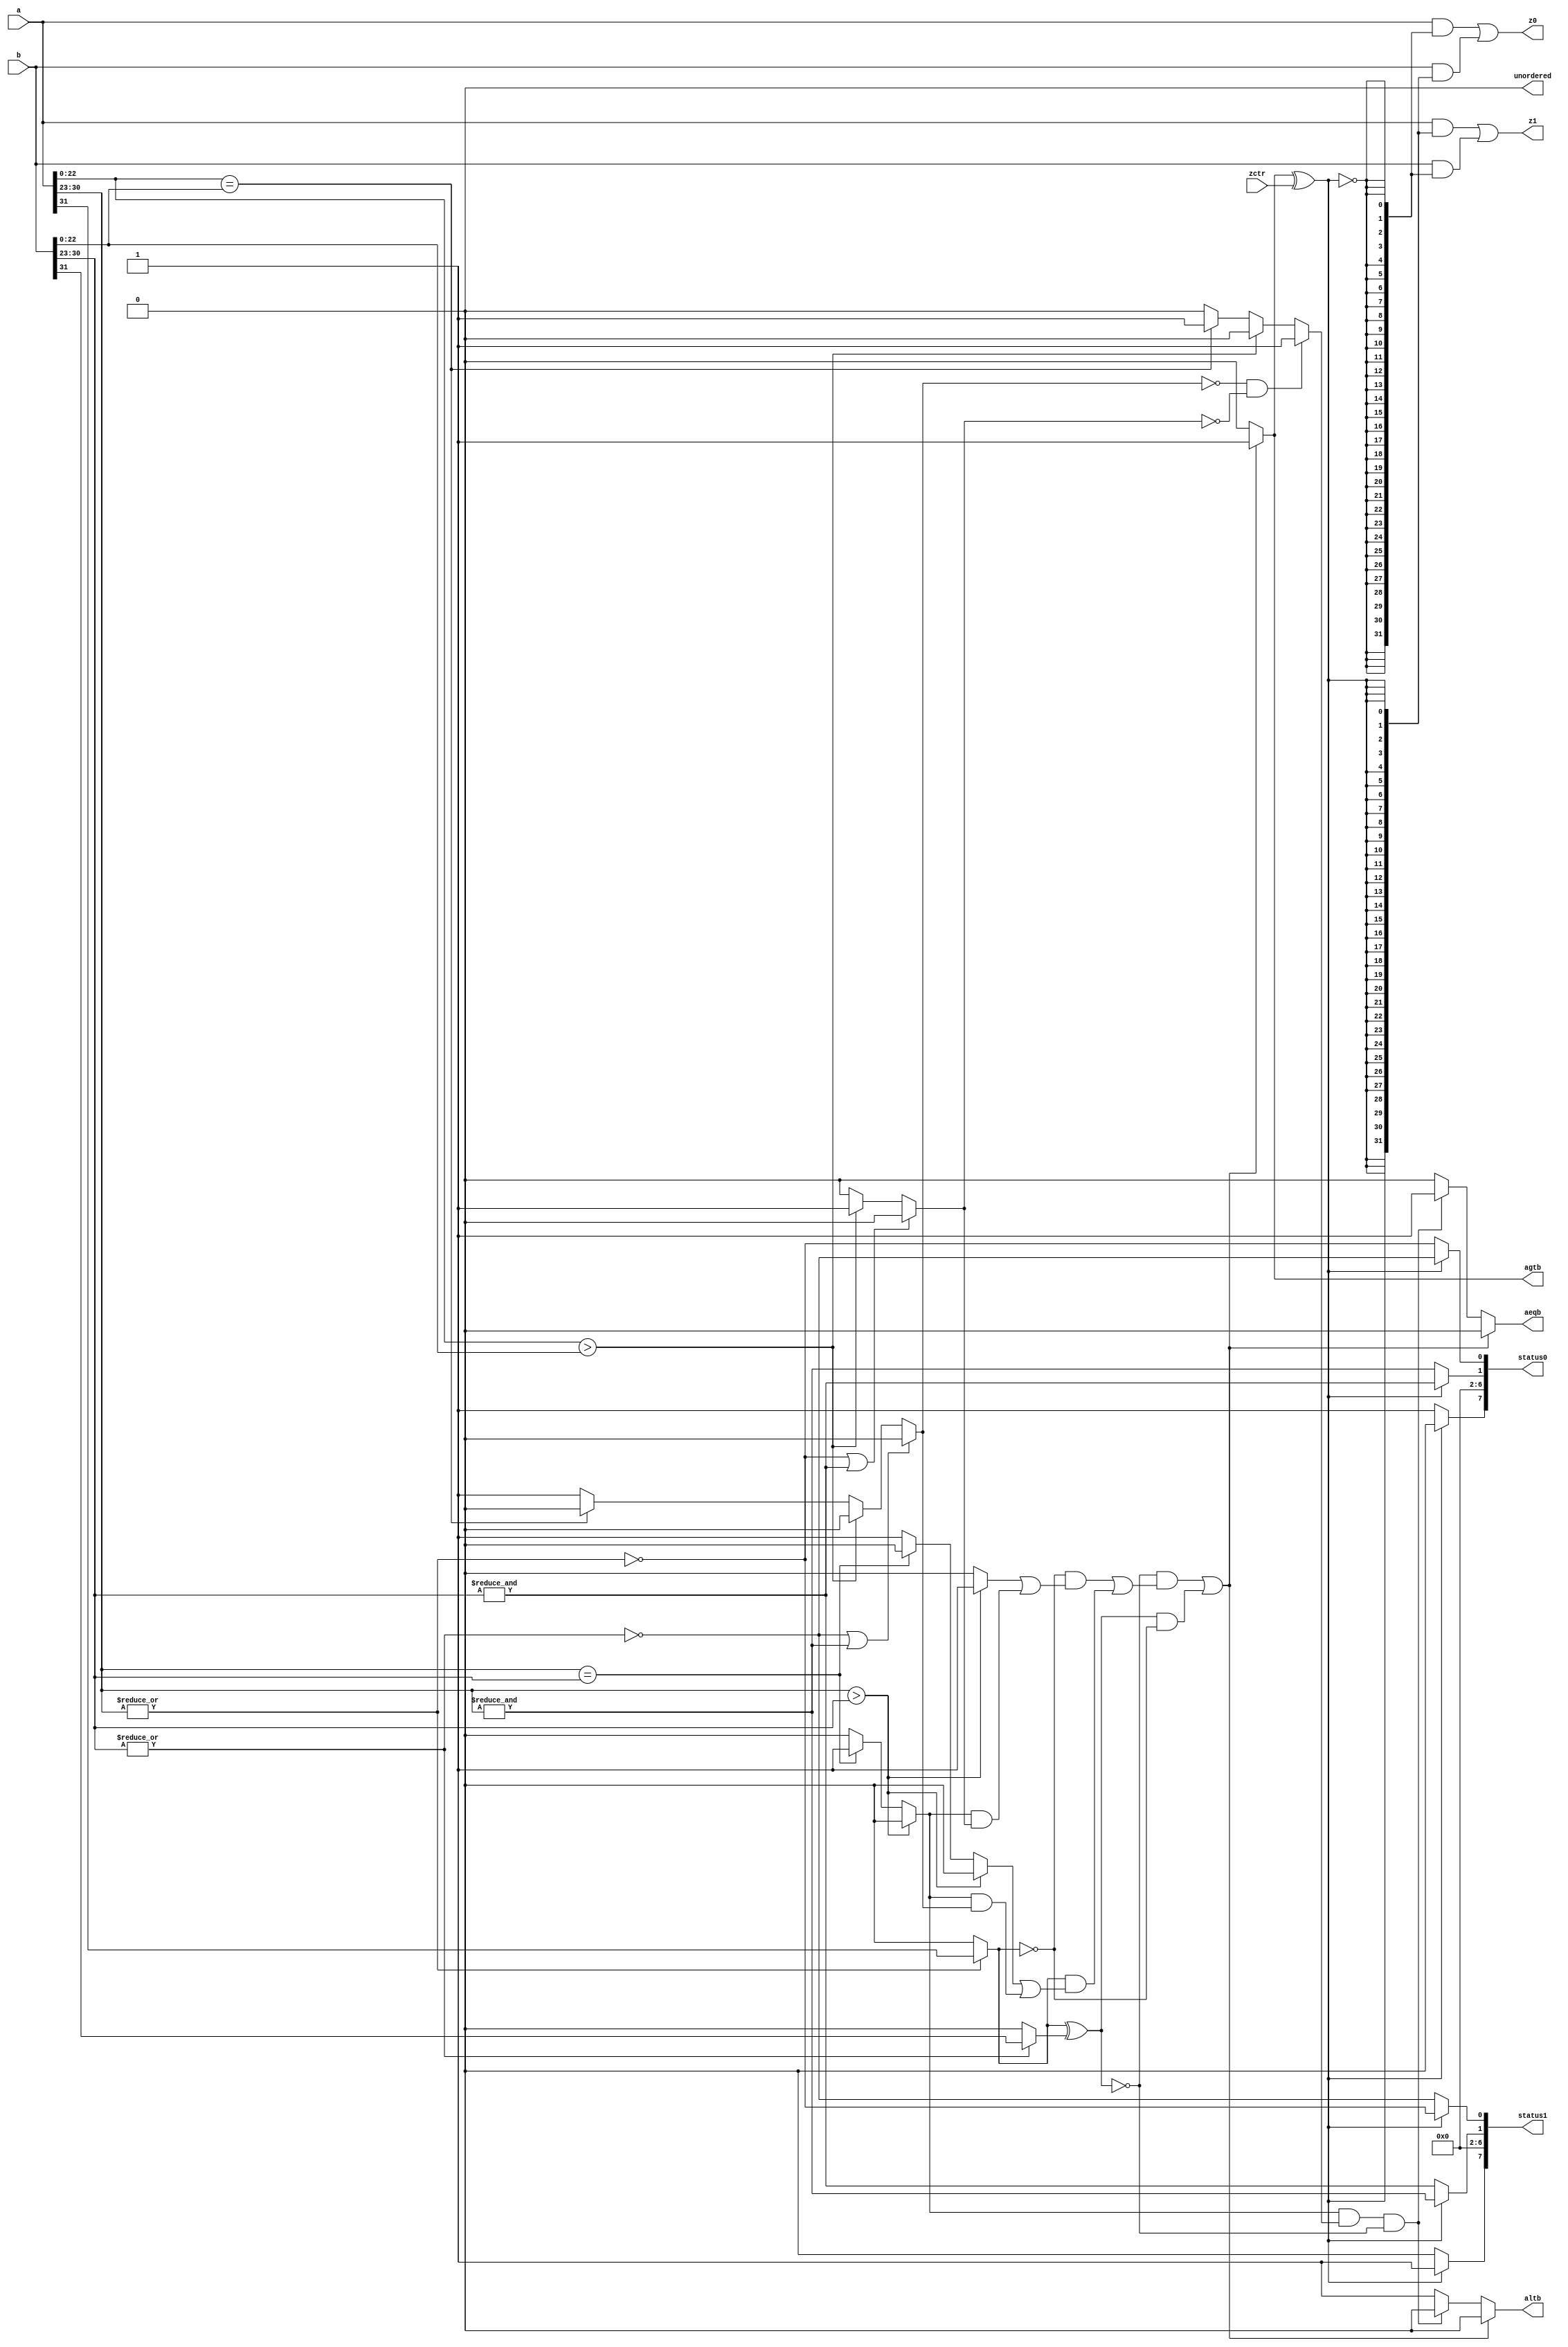

//-------------------------------------------------------------------------------
//
// ABSTRACT: Floating-point Comparator
//           Compares two FP numbers and generates outputs that indicate when 
//           A>B, A<B and A=B. The component also provides outputs for MAX and 
//           MIN values, with corresponding status flags.
//
//              parameters      valid values (defined in the DW manual)
//              ==========      ============
//              sig_width       significand size,  2 to 253 bits
//              exp_width       exponent size,     3 to 31 bits
//              ieee_compliance 0 or 1
//
//              Input ports     Size & Description
//              ===========     ==================
//              a               (sig_width + exp_width + 1)-bits
//                              Floating-point Number Input
//              b               (sig_width + exp_width + 1)-bits
//                              Floating-point Number Input
//              zctr            1 bit
//                              defines the min/max operation of z0 and z1
//
//              Output ports    Size & Description
//              ===========     ==================
//              aeqb            1 bit
//                              has value 1 when a=b
//              altb            1 bit
//                              has value 1 when a<b
//              agtb            1 bit
//                              has value 1 when a>b
//              unordered       1 bit
//                              one of the inputs is NaN
//              z0              (sig_width + exp_width + 1) bits
//                              Floating-point Number that has max(a,b) when
//                              zctr=1, and min(a,b) otherwise
//              z1              (sig_width + exp_width + 1) bits
//                              Floating-point Number that has max(a,b) when
//                              zctr=0, and min(a,b) otherwise
//              status0         byte
//                              info about FP value in z0
//              status1         byte
//                              info about FP value in z1
//
// MODIFIED: 
//    4/18 - the ieee_compliance parameter is also controlling the use of nans
//           When 0, the component behaves as the MC component (no denormals
//           and no nans).
//
//
//-------------------------------------------------------------------------------
//////////////////////////////////////////////////////////////////////////////// 

module DW_fp_cmp (

                   a,
                   b,
                   zctr,
                   aeqb,
                   altb,
                   agtb,
                   unordered,
                   z0,
                   z1,
                   status0,
                   status1

    // Embedded dc_shell script
    // _model_constraint_2
);

parameter sig_width=23;             // RANGE 2 to 253 bits
parameter exp_width=8;              // RANGE 3 to 31 bits
parameter ieee_compliance=0;        // RANGE 0 or 1           


input  [sig_width + exp_width:0] a,b;
input  zctr;
output aeqb, altb, agtb, unordered;
output [sig_width + exp_width:0] z0, z1;
output [7:0] status0, status1;

reg [0:0] diff_signs;
reg [exp_width-1:0] Ea,Eb;
reg [sig_width:0] Ma,Mb;
reg [sig_width-1:0] Fa,Fb;
reg [exp_width+sig_width:0] z0_int,z1_int;
reg [8    -1:0] status0_int,status1_int;
reg agtb_int,aeqb_int,altb_int, unordered_int;
reg Sa, Sb;
reg zer_a, inf_a, nan_a; 
reg zer_b, inf_b, nan_b;
reg zer_exp_a, zer_exp_b;
reg zer_mant_a, zer_mant_b;
reg max_exp_a, max_exp_b;
reg maga_eq_magb, maga_gt_magb, maga_lt_magb;
reg Ea_eq_Eb, Ea_gt_Eb, Ea_lt_Eb;
reg Fa_eq_Fb, Fa_gt_Fb, Fa_lt_Fb;
reg sel;
integer i;
 
always @(a or b)
begin
  unordered_int = 1'b0;
  Ea = a[((exp_width + sig_width) - 1):sig_width];
  Eb = b[((exp_width + sig_width) - 1):sig_width];
 
  zer_exp_a = ~(|Ea);
  zer_exp_b = ~(|Eb);
  max_exp_a = &Ea;
  max_exp_b = &Eb;

  if (ieee_compliance == 0)
    begin
      Fa = a[(sig_width - 1):0];
      Fb = b[(sig_width - 1):0];
      zer_a = zer_exp_a;
      Sa = (zer_exp_a == 1)?1'b0:a[(exp_width + sig_width)];
      zer_b = zer_exp_b;
      Sb = (zer_exp_b == 1)?1'b0:b[(exp_width + sig_width)];
      inf_a = (max_exp_a == 1'b1);
      inf_b = (max_exp_b == 1'b1);
      nan_a = 1'b0;
      nan_b = 1'b0;
    end
  else
    begin
      Fa = a[(sig_width - 1):0];
      Fb = b[(sig_width - 1):0];
      zer_mant_a = ~(|Fa);
      zer_mant_b = ~(|Fb);
      zer_a = (zer_exp_a == 1'b1 && zer_mant_a == 1'b1);
      Sa = (zer_a == 1'b1)?1'b0:a[(exp_width + sig_width)];
      zer_b = (zer_exp_b == 1'b1 && zer_mant_b == 1'b1);
      Sb = (zer_b == 1'b1)?1'b0:b[(exp_width + sig_width)];
      nan_a = (max_exp_a == 1'b1 && zer_mant_a == 1'b0);
      nan_b = (max_exp_b == 1'b1 && zer_mant_b == 1'b0);
      inf_a = (max_exp_a == 1'b1 && zer_mant_a == 1'b1);
      inf_b = (max_exp_b == 1'b1 && zer_mant_b == 1'b1);
    end

  diff_signs = Sa ^ Sb;

  unordered_int = 1'b0;
  if (ieee_compliance)
    if (nan_a == 1'b1 || nan_b == 1'b1)
      begin
        unordered_int = 1'b1;
      end

end

always @ (Ea or Eb or Fa or Fb or unordered_int or diff_signs or Sa or inf_a or inf_b or zer_a or zer_b) 
begin
  agtb_int = 1'b0;
  aeqb_int = 1'b0;
  altb_int = 1'b0;

  maga_eq_magb = 1'b0;
  maga_gt_magb = 1'b0;
  maga_lt_magb = 1'b0;
  Ea_eq_Eb = 1'b0;
  Ea_lt_Eb = 1'b0;
  Ea_gt_Eb = 1'b0;
  Fa_eq_Fb = 1'b0;
  Fa_lt_Fb = 1'b0;
  Fa_gt_Fb = 1'b0;

  if (Fa > Fb)
    Fa_gt_Fb = 1;
  else 
    if (Fa == Fb)
      Fa_eq_Fb = 1;
  else
    Fa_lt_Fb = 1;

  if (Ea > Eb)
    Ea_gt_Eb = 1;
  else 
    if (Ea == Eb)
      Ea_eq_Eb = 1;
  else
    Ea_lt_Eb = 1;

  if (ieee_compliance == 0)
    begin
      if (zer_a == 1'b1 || inf_b == 1'b1)
        Fa_gt_Fb = 0;
      if (zer_b == 1'b1 || inf_a == 1'b1)
        Fa_lt_Fb = 0;
      if (Fa_lt_Fb == 0 && Fa_gt_Fb == 0)
        Fa_eq_Fb = 1;
    end

  maga_gt_magb = Ea_gt_Eb | (Ea_eq_Eb & Fa_gt_Fb);
  maga_eq_magb = Ea_eq_Eb & Fa_eq_Fb;
  maga_lt_magb = Ea_lt_Eb | (Ea_eq_Eb & Fa_lt_Fb);

    if (~unordered_int)
      begin
        if ((~diff_signs && ((~Sa && maga_gt_magb) || (Sa && maga_lt_magb))) || (diff_signs && ~Sa)) 
          agtb_int = 1'b1;
        else if (maga_eq_magb && (diff_signs == 1'b0))
          aeqb_int = 1'b1;
        else
          altb_int = 1'b1;
      end
end

always @ (agtb_int or zctr or zer_a or zer_b or inf_a or inf_b or nan_a or nan_b or unordered_int)
begin
  status0_int = 1'b0;
  status1_int = 1'b0;

  if (ieee_compliance == 1)
    sel = (agtb_int ^ zctr) && ~unordered_int;
  else
    sel = agtb_int ^ zctr;

  if (sel==1'b0)
    begin
      status0_int[7] = 1'b1;
      status0_int[1] = inf_a;
      status0_int[0] = zer_a;
      status0_int[2] = nan_a;
      status1_int[1] = inf_b;
      status1_int[0] = zer_b;
      status1_int[2] = nan_b;
    end
  else
    begin
      status0_int[1] = inf_b;
      status0_int[0] = zer_b;
      status0_int[2] = nan_b;
      status1_int[1] = inf_a;
      status1_int[0] = zer_a;
      status1_int[2] = nan_a;
      status1_int[7] = 1'b1;
    end
end

assign z1 = (a & {exp_width+sig_width+1{sel}}) | (b & {exp_width+sig_width+1{~sel}});
assign z0 = (a & {exp_width+sig_width+1{~sel}}) | (b & {exp_width+sig_width+1{sel}});
assign status0 = status0_int;
assign status1 = status1_int;
assign agtb = agtb_int;
assign aeqb = aeqb_int;
assign altb = altb_int;
assign unordered = unordered_int;

endmodule